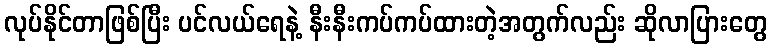
လုပ်နိုင်တာဖြစ်ပြီး ပင်လယ်ရေနဲ့ နီးနီးကပ်ကပ်ထားတဲ့အတွက်လည်း ဆိုလာပြားတွေ